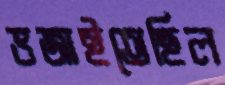
ভজাইতেছিল